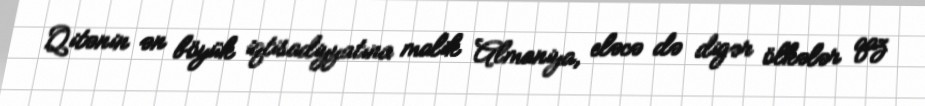
Qitənin ən böyük iqtisadiyyatına malik Almaniya, eləcə də digər ölkələr qaz